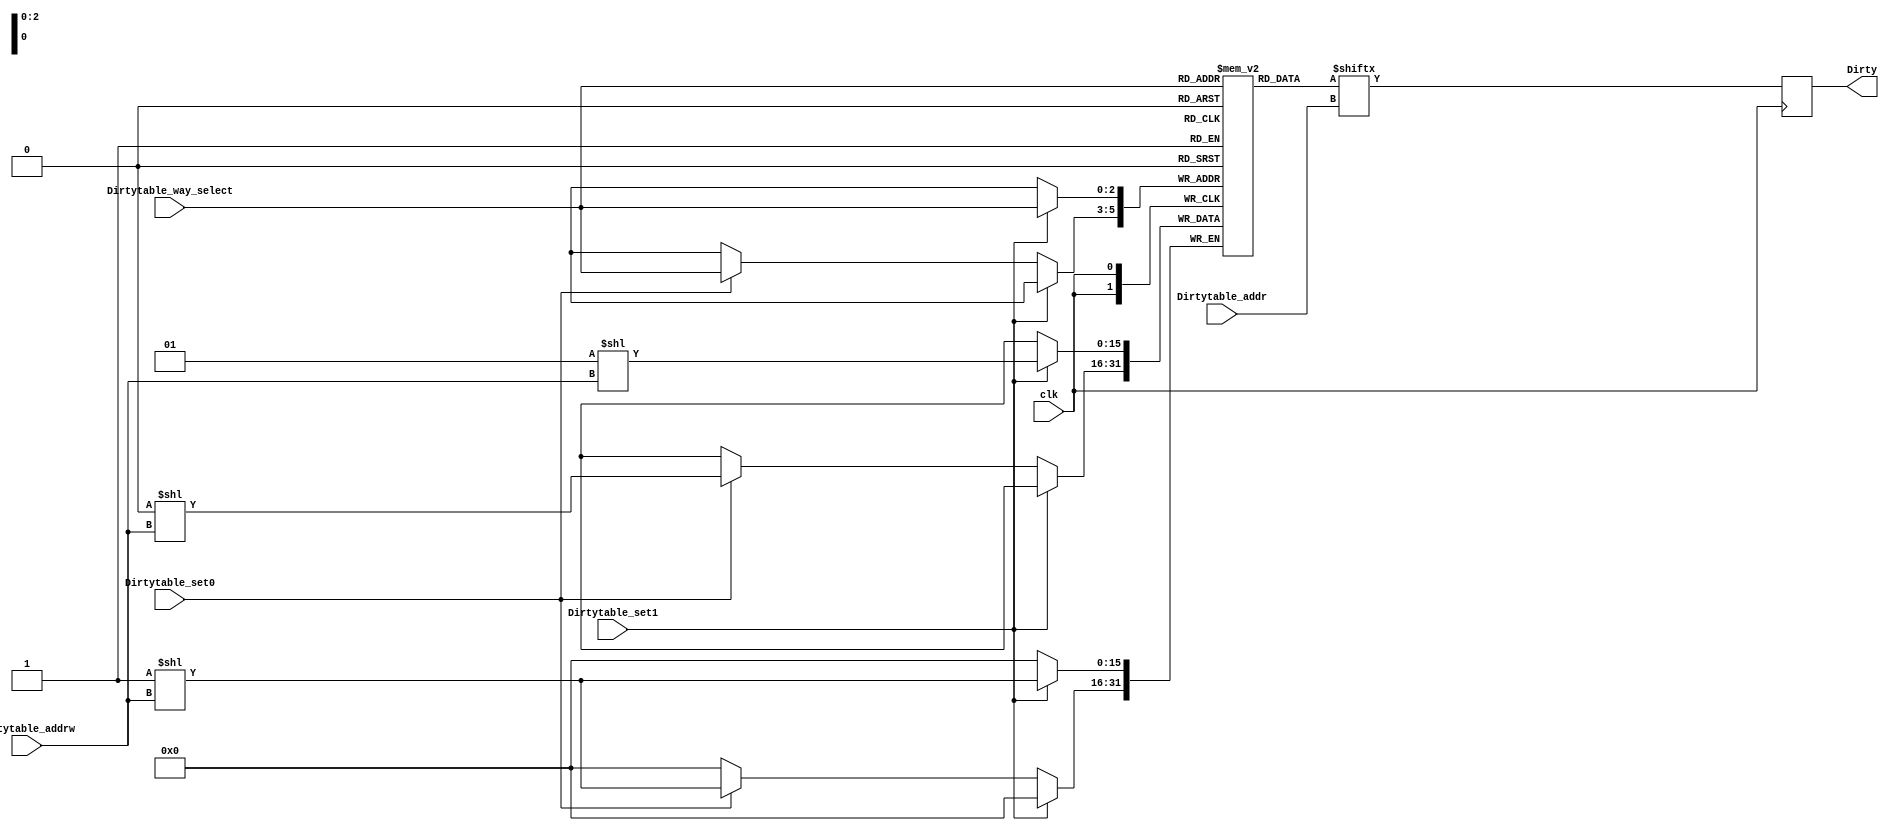
`timescale 1ns / 1ps
//////////////////////////////////////////////////////////////////////////////////
// Company: 
// Engineer: 
// 
// Design Name: 
// Module Name: L2cache_Dirtytable
// Project Name: 
// Target Devices: 
// Tool Versions: 
// Description: 
// 
// Dependencies: 
// 
// Revision:
// Revision 0.01 - File Created
// Additional Comments:
// 
//////////////////////////////////////////////////////////////////////////////////


module L2cache_Dirtytable#(
    parameter   addr_width=4,
                way=8
)
(   
    input       clk,
    input       [addr_width-1:0]Dirtytable_addr,
    input       [addr_width-1:0]Dirtytable_addrw,
    input       [2:0]Dirtytable_way_select,
    input       Dirtytable_set1,
    input       Dirtytable_set0,
    output      Dirty
    );
reg [(1<<addr_width)-1:0]dirty_table[0:way-1];
reg Dirty_reg;
always @(posedge clk) begin
    Dirty_reg <= dirty_table[Dirtytable_way_select][Dirtytable_addr];
end
assign Dirty=Dirty_reg;
always @(posedge clk) begin
    if(Dirtytable_set1)dirty_table[Dirtytable_way_select][Dirtytable_addrw]<=1;
    else if(Dirtytable_set0)dirty_table[Dirtytable_way_select][Dirtytable_addrw]<=0;
end
endmodule